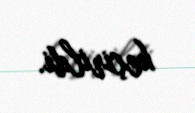
keçirildi.